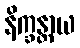
နိက္ခန္တာယ